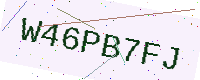
Text: W46PB7FJ